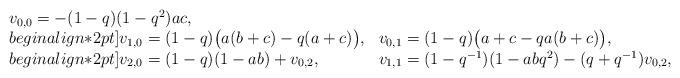
LaTeX: \begin{align*} \begin{array}{ll} v_{0,0}=-(1-q)(1-q^2)ac,\\begin{align*}2pt] v_{1,0}=(1-q)\bigl(a(b+c)-q(a+c)\bigr),& v_{0,1}=(1-q)\bigl(a+c-qa(b+c)\bigr),\\begin{align*}2pt] v_{2,0}=(1-q)(1-ab)+v_{0,2},& v_{1,1}=(1-q^{-1})(1-abq^2)-(q+q^{-1})v_{0,2}, \end{array} \end{align*}